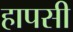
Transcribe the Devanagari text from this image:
हापसी